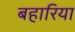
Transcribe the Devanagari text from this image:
बहारिया